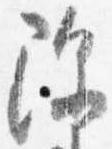
除